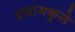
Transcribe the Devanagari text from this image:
प्रयागकूले